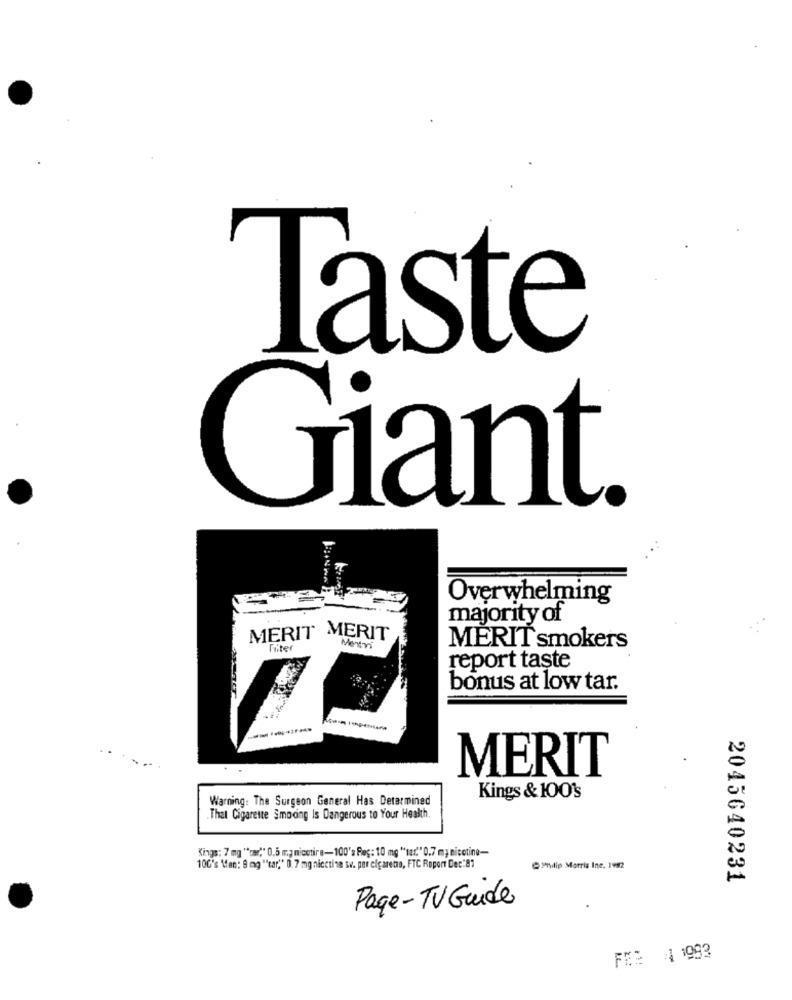
Taste
Giant.
Overwhelming
majority of
MERIT MERIT
Liter
Mentri
MERIT smokers
report taste
bonus at low tar.
MERIT
Warning: The Surgeon General Has Determined
Kings & 100's
That Cigarette Smooing Is Dangerous to Your Health.
Kings: 7 mg ** par"" 0.5 mg nicetire-100's Reç: 10 mg "tar." 0.7 m; nicotine-
100's Men: 8 mg ""tar," 0.7 mg nicotina ww. per cigarets, FTC Roport Dec.81
Philip Morris Ine, 1982
2045640231
Page-TV Guide
FE= 4 1993